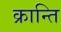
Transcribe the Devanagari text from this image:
क्रान्‍ति